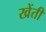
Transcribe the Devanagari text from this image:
खेंती